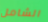
الشامل